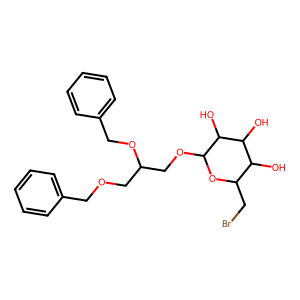
SMILES: OC1C(CBr)OC(OCC(COCc2ccccc2)OCc2ccccc2)C(O)C1O
Inhibits HIV replication: No